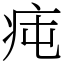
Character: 𤵊